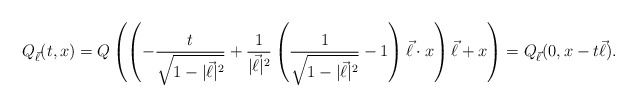
\begin{align*}Q_{\vec \ell} (t,x) = Q \left (\left ( -\frac{t}{\sqrt{1 - |\vec \ell|^2}} + \frac{1}{|\vec \ell|^2} \left ( \frac{1}{\sqrt{1 - |\vec \ell|^2}} - 1 \right )\vec \ell \cdot x\right ) \vec \ell + x\right )= Q_{\vec \ell}(0, x - t\vec \ell). \end{align*}